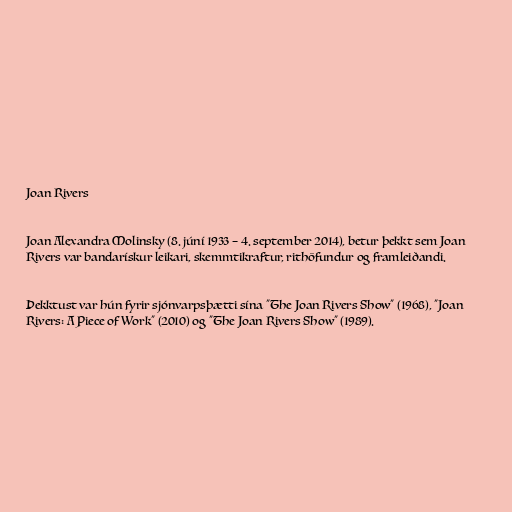
Joan Rivers

Joan Alexandra Molinsky (8. júní 1933 – 4. september 2014), betur þekkt sem Joan
Rivers var bandarískur leikari, skemmtikraftur, rithöfundur og framleiðandi.

Þekktust var hún fyrir sjónvarpsþætti sína "The Joan Rivers Show" (1968), "Joan
Rivers: A Piece of Work" (2010) og "The Joan Rivers Show" (1989).